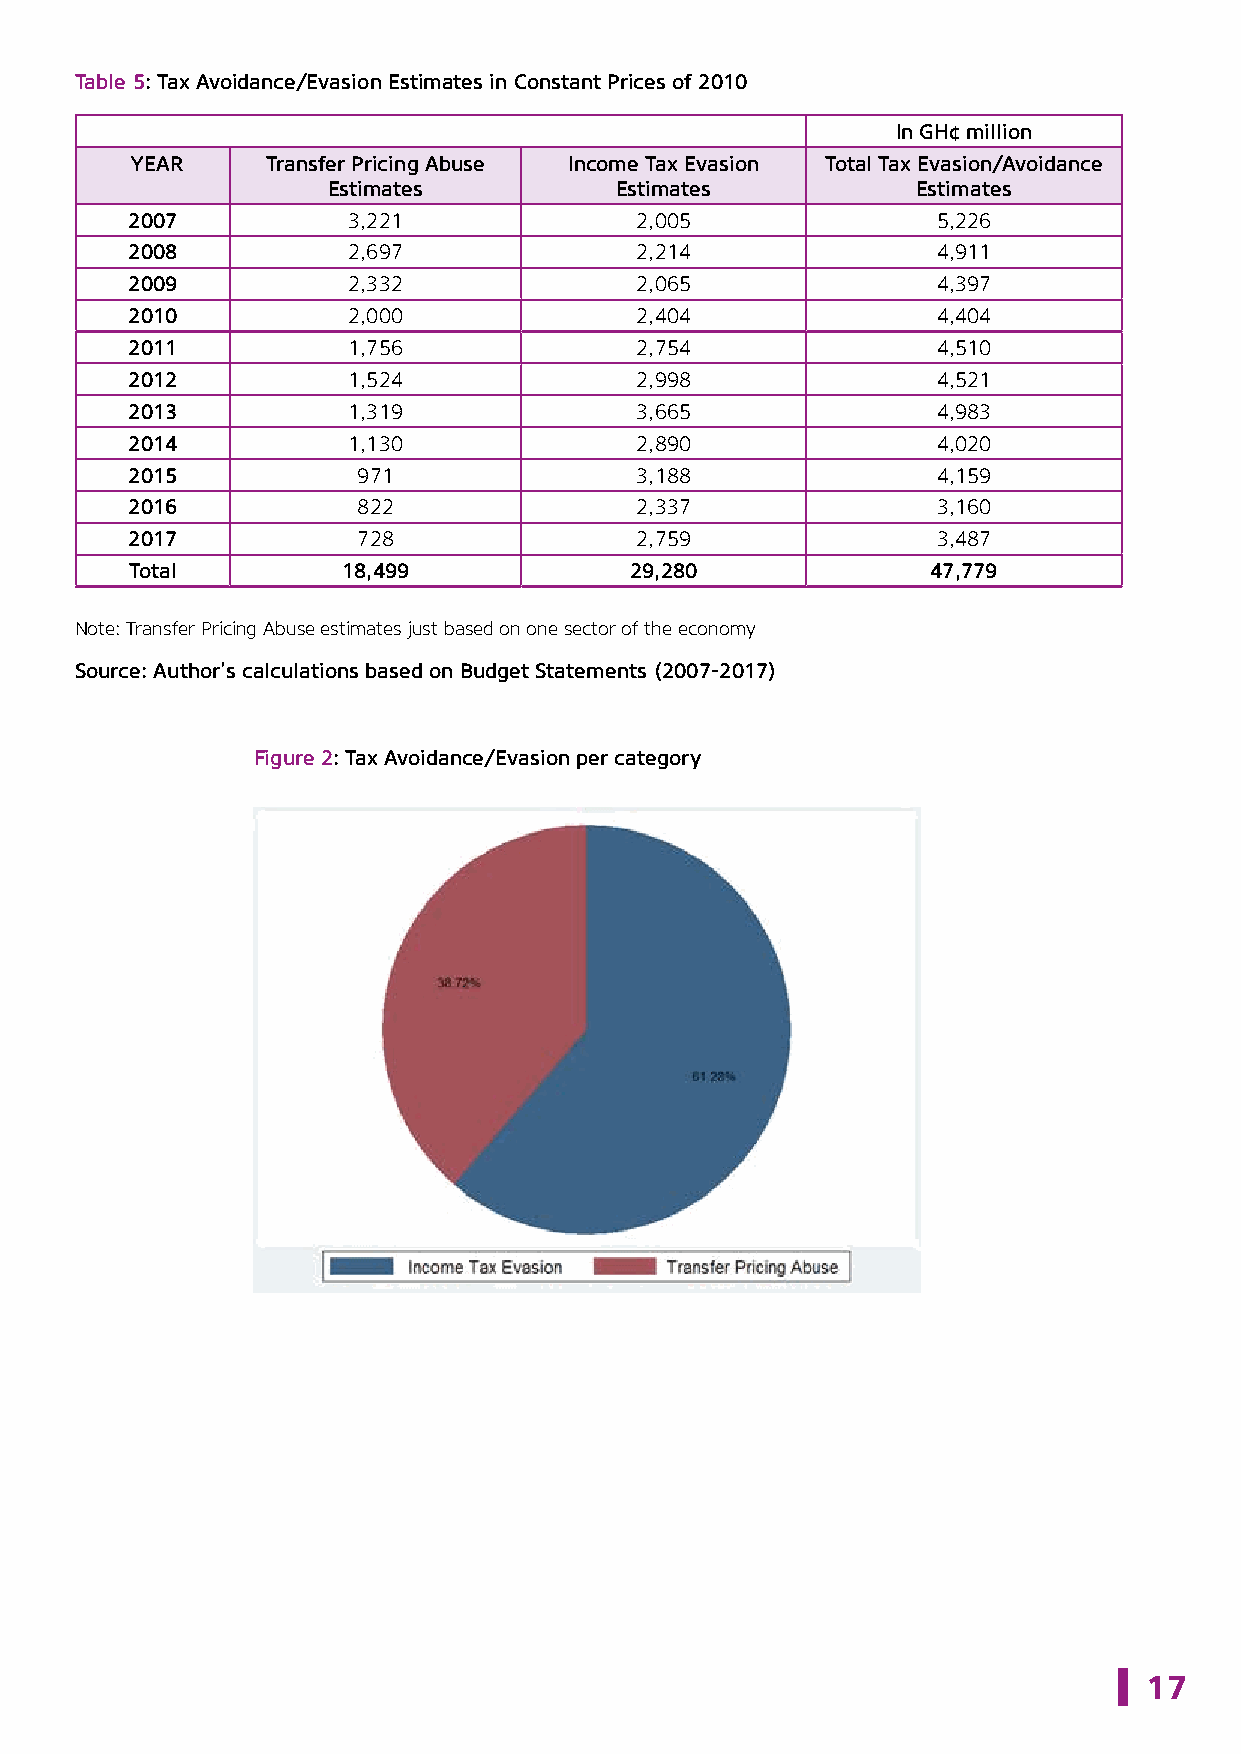
Table 5: Tax Avoidance/Evasion Estimates in Constant Prices of 2010
 In GH¢ million
 YEAR     Transfer Pricing Abuse Income Tax Evasion Total Tax Evasion/Avoidance
 Estimates          Estimates           Estimates
 2007           3,221              2,005               5,226
 2008           2,697              2,214               4,911
 2009           2,332              2,065               4,397
 2010           2,000              2,404               4,404
 2011           1,756              2,754               4,510
 2012           1,524              2,998               4,521
 2013           1,319              3,665               4,983
 2014           1,130              2,890               4,020
 2015            971               3,188               4,159
 2016            822               2,337               3,160
 2017            728               2,759               3,487
 Total         18,499             29,280              47,779
 Note: Transfer Pricing Abuse estimates just based on one sector of the economy
 Source: Author’s calculations based on Budget Statements (2007-2017)
 Figure 2: Tax Avoidance/Evasion per category
 17